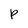
Character: P